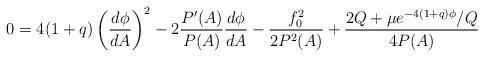
LaTeX: \begin{align*}0=4(1+q)\left(\frac{d\phi}{dA}\right)^2-2\frac{P'(A)}{P(A)}\frac{d\phi}{dA}-\frac{f_0^2} {2P^2(A)}+\frac{2Q+\mu e^{-4(1+q)\phi}/Q}{4P(A)}\end{align*}